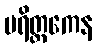
ပရိတ္တကေန